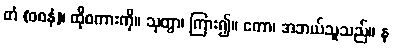
တံ (ဝစနံ)၊ ထိုစကားကို။ သုတွာ၊ ကြား၍။ ကော၊ အဘယ်သူသည်။ န